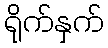
ရိုက်နှက်